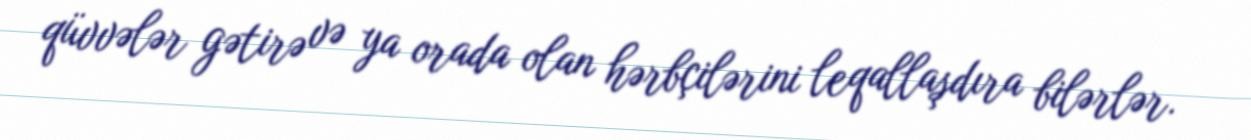
qüvvələr gətirə və ya orada olan hərbçilərini leqallaşdıra bilərlər.